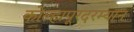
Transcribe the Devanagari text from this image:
कोल्हापूरदरम्यान